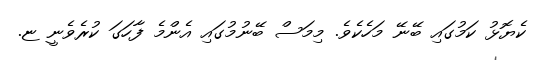
ކެޔޮޅު ކަމުގައި ބޭނޭ މަހެކެވެ. މިމަސް ބޭނުމުގައި އެންމެ ފާހަގަ ކުރެވެނީ ޏ.